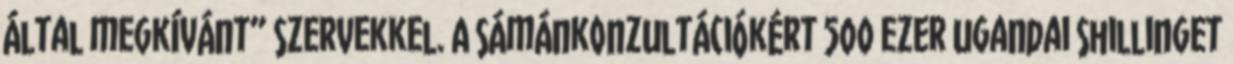
által megkívánt” szervekkel. A sámánkonzultációkért 500 ezer ugandai shillinget